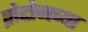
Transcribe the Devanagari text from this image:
प्रोटोनच्या